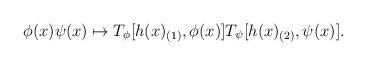
LaTeX: \begin{align*}\phi (x) \psi (x) \mapsto T_\phi [h(x)_{(1)}, \phi(x)]T_\psi [h(x)_{(2)}, \psi (x)].\end{align*}